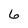
Character: 6